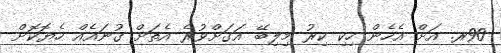
90ރ. އަށް އެހެން ހިކި ކިރު މިލިބޭ އަގަށްވުރެ އެތަށް ގުނައެއް ހެޔޮކޮށް